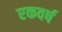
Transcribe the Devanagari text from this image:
एकवर्ष